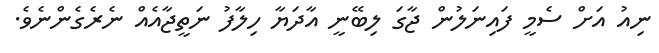
ނިއު އަށް ސެމީ ފައިނަލުން ޖާގަ ލިބޭނީ އާދަޔާ ހިލާފު ނަތީޖާއެއް ނެރެގެންނެވެ.